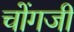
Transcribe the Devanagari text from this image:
चोंगजी